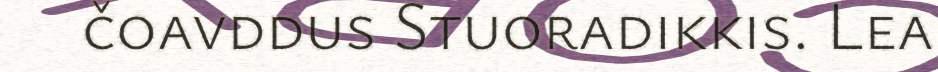
čoavddus Stuoradikkis. Lea